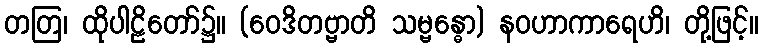
တတြ၊ ထိုပါဠိတော်၌။ (ဝေဒိတဗ္ဗာတိ သမ္ဗန္ဓော) နဝဟာကာရေဟိ၊ တို့ဖြင့်။